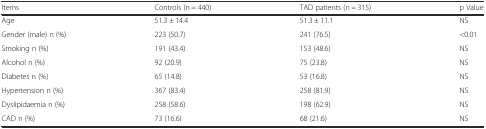
<table><thead><tr><td><b>Items</b></td><td><b>Controls (n = 440)</b></td><td><b>TAD patients (n = 315)</b></td><td><b>p Value</b></td></tr></thead><tbody><tr><td>Age</td><td>51.3 ± 14.4</td><td>51.3 ± 11.1</td><td>NS</td></tr><tr><td>Gender (male) n (%)</td><td>223 (50.7)</td><td>241 (76.5)</td><td>&lt;0.01</td></tr><tr><td>Smoking n (%)</td><td>191 (43.4)</td><td>153 (48.6)</td><td>NS</td></tr><tr><td>Alcohol n (%)</td><td>92 (20.9)</td><td>75 (23.8)</td><td>NS</td></tr><tr><td>Diabetes n (%)</td><td>65 (14.8)</td><td>53 (16.8)</td><td>NS</td></tr><tr><td>Hypertension n (%)</td><td>367 (83.4)</td><td>258 (81.9)</td><td>NS</td></tr><tr><td>Dyslipidaemia n (%)</td><td>258 (58.6)</td><td>198 (62.9)</td><td>NS</td></tr><tr><td>CAD n (%)</td><td>73 (16.6)</td><td>68 (21.6)</td><td>NS</td></tr></tbody></table>